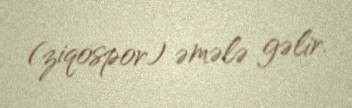
(ziqospor) əmələ gəlir.